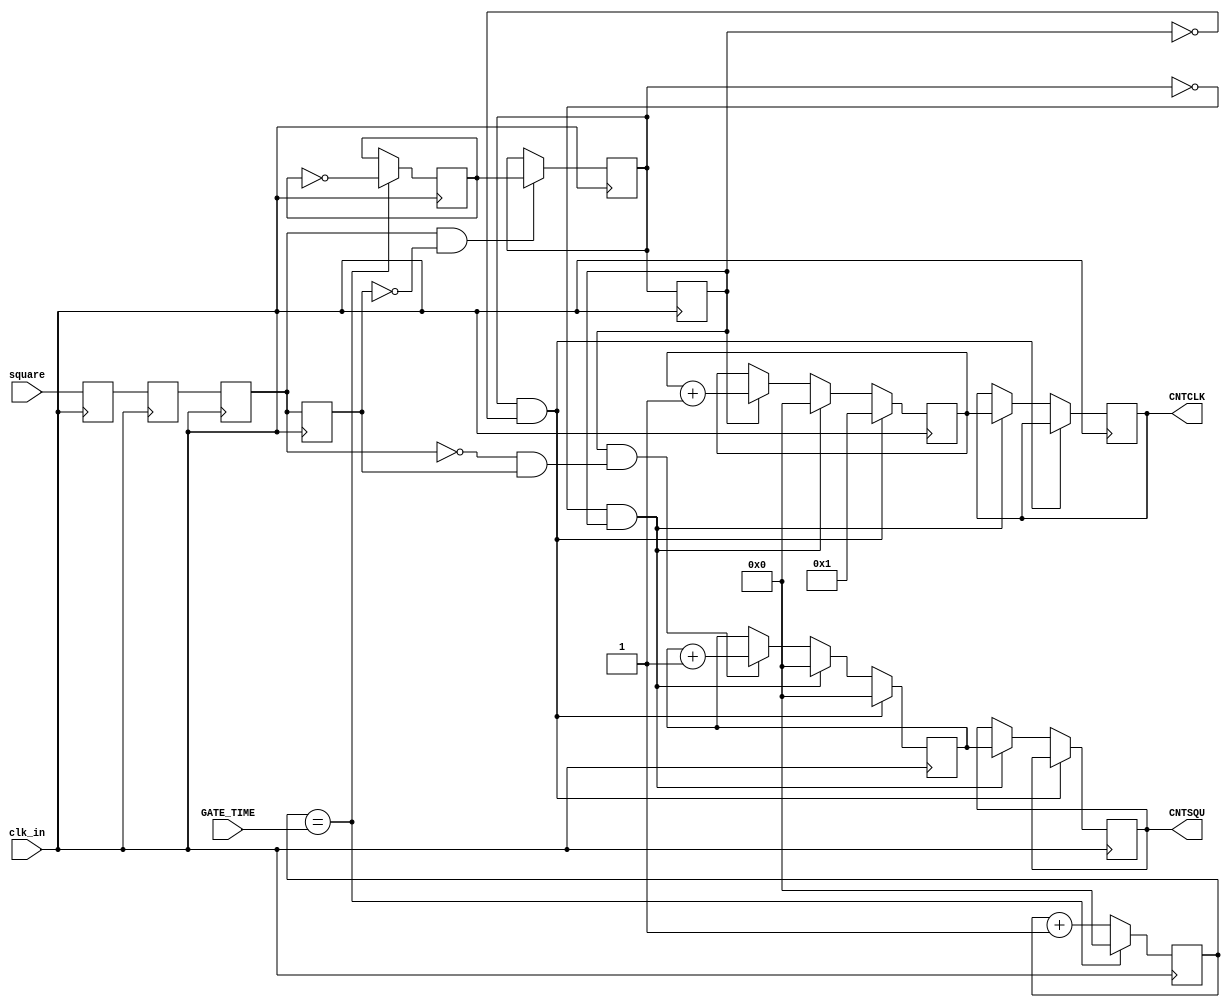
module Fre_meas(
	input			  clk_in,	
	input			  square,
	input      [31:0] GATE_TIME,	
	output     [31:0] CNTCLK,		//
	output     [31:0] CNTSQU		//
);
//parameter   GATE_TIME = 28'd49_999_999;//99_999_99910ms

reg		square_r0 = 1'b0;
reg		square_r1 = 1'b0;
reg		square_r2 = 1'b0;
reg		square_r3 = 1'b0;

reg		gate = 1'b0;	//
reg		gatebuf = 1'b0; //
reg		gatebuf1 = 1'b0;//

reg [31:0]	cnt1 = 28'd0;   // 1s 
reg	[31:0]	cnt2 = 28'd0;
reg	[31:0]	cnt2_r = 28'd0;
reg	[31:0]	cnt3 = 28'd0;
reg	[31:0]	cnt3_r = 28'd0;

wire		square_pose,square_nege;
wire		gate_start,gate_end;

//100MHz
always @ (posedge clk_in)
begin
	square_r0 <= square;
	square_r1 <= square_r0;//
	square_r2 <= square_r1;
	square_r3 <= square_r2;
end

assign square_pose = square_r2 & ~square_r3;
assign square_nege = ~square_r2 & square_r3;	

always @ (posedge clk_in)
begin
	if(cnt1 == GATE_TIME)begin
		cnt1 <= 28'd0;
		gate <= ~gate;// 1s 
		end
	else begin
		cnt1 <= cnt1 + 1'b1; 
		end
end

always @ (posedge clk_in )
begin
	if(square_pose == 1'b1)
	begin 
		gatebuf <= gate;//
	end
	gatebuf1 <= gatebuf;//
end

assign	gate_start = gatebuf & ~gatebuf1;//
assign	gate_end = ~gatebuf & gatebuf1;//

//
always @ (posedge clk_in)
begin
	if(gate_start == 1'b1) begin
		cnt2 <= 28'd1;
		end
	else if(gate_end == 1'b1) begin
		cnt2_r <= cnt2;//cnt2_r
		cnt2 <= 28'd0;
		end
	else if(gatebuf1 == 1'b1) begin//
		cnt2 <= cnt2 + 1'b1;end
end

//
always @ (posedge clk_in )
begin
	if(gate_start == 1'b1) begin 
		cnt3 <= 28'd0;
		end
	else if(gate_end == 1'b1) begin 
		cnt3_r <= cnt3;//cnt3_r
		cnt3 <= 28'd0;
		end
	else if(gatebuf1 == 1'b1 && square_nege == 1'b1) begin//(
		cnt3 <= cnt3 + 1'b1;
		end
end


assign CNTCLK = cnt2_r;
assign CNTSQU = cnt3_r;

endmodule